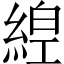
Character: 𦁻